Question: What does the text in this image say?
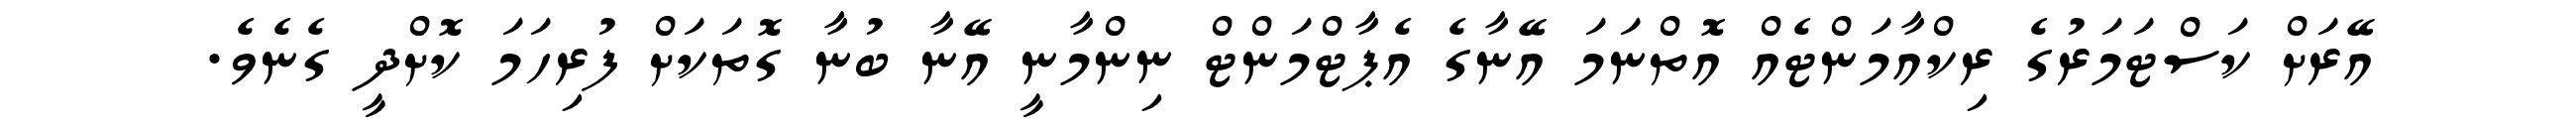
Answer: އޭރަށް ކަސްޓަމަރުގެ ރިކްއާމަންޓެއް އޮތްނަމަ އޭނާގެ އެޕާޓްމަންޓް ނިންމާނީ އޭނާ ބުނާ ގޮތަކަށް ފުރިހަމަ ކޮށްދީ ގެނެވެ.